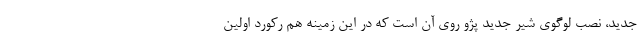
جدید، نصب لوگوی شیر جدید پژو روی آن است که در این زمینه هم رکورد اولین